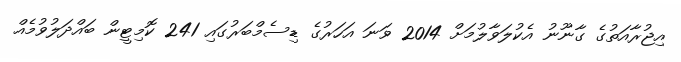
އިޖުރާއަތުގެ ގާނޫނު އެކުލަވާލުމަށް 2014 ވަނަ އަހަރުގެ ޑިސެމްބަރުގައި 241 ކޮމިޓީން ބައްދަލުވުމެއް